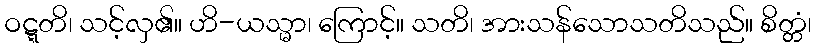
ဝဋ္ဋတိ၊ သင့်လှ၏။ ဟိ-ယသ္မာ၊ ကြောင့်။ သတိ၊ အားသန်သောသတိသည်။ စိတ္တံ၊